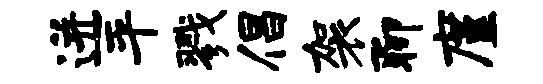
迸平戮倡袈聊廑